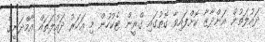
ދައުލަތުން އަންދާޒާ ކޮށްފައިވާ ގޮތުގައި ގްރީން ޓެކުހުން މި އަހަރު ދައުލަތައް އާމްދަނީގެ